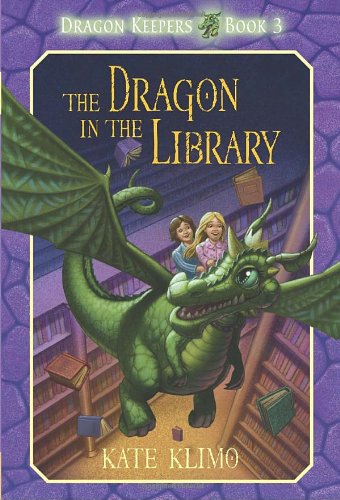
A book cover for Dragon Keepers #3: The Dragon in the Library; Kate Klimo; Children's Books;